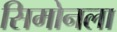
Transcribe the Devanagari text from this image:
सिमोनला